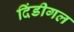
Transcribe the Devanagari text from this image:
दिंडीगल